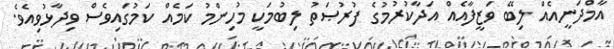
އާމްދަނީއެއް ލިބޭ ވަޒީފާއެއް އަދާކުރުމުގެ ފުރުޞަތު ލިބުމަކީ މުހިންމު ކަމެއް ކަމުގައިވެސް ވިދާޅުވިއެވެ.